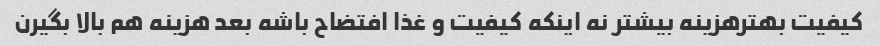
کیفیت بهتر‌هزینه بیشتر نه اینکه کیفیت و غذا افتضاح باشه بعد هزینه هم بالا بگیرن